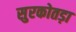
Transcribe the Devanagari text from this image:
सुरकोतड़ा